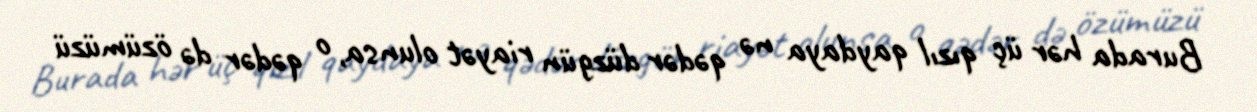
Burada hər üç qızıl qaydaya nə qədər düzgün riayət olunsa, o qədər də özümüzü